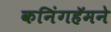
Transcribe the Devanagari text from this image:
कनिंगहॅमने